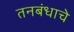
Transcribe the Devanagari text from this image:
तनबंधाचे